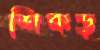
শিকড়